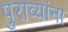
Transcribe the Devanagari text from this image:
पुराव्यांना